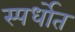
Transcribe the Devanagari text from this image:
स्पर्धाेत